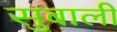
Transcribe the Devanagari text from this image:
सुबाली